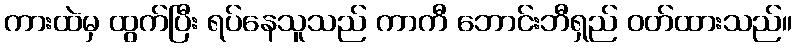
ကားထဲမှ ထွက်ပြီး ရပ်နေသူသည် ကာကီ ဘောင်းဘီရှည် ဝတ်ထားသည်။